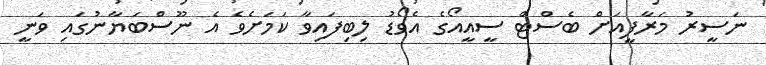
ނަސީރު މަރާފީއަށް ބެސްޓް ސީއީއޯގެ އެވޯޑު ލިބިފައިވާ ކަމަށެވެ އެ ނޫސްބަޔާނުގައި ވަނީ